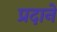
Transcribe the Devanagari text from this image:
प्रदाने